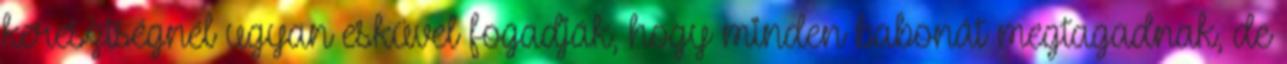
keresztségnél ugyan esküvel fogadják, hogy minden babonát megtagadnak, de